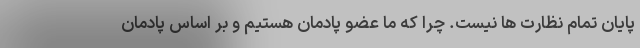
پایان تمام نظارت ها نیست. چرا که ما عضو پادمان هستیم و بر اساس پادمان